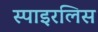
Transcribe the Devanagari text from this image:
स्पाइरलिस